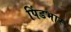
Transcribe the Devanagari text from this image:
पिंडभार